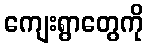
ကျေးရွာတွေကို